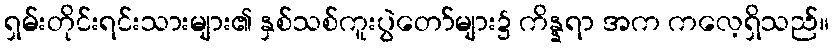
ရှမ်းတိုင်းရင်းသားများ၏ နှစ်သစ်ကူးပွဲတော်များ၌ ကိန္နရာ အက ကလေ့ရှိသည်။